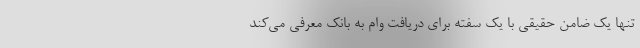
تنها یک ضامن حقیقی با یک سفته برای دریافت وام به بانک معرفی می‌کند